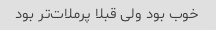
خوب بود ولی قبلا پرملات‌تر بود